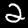
Digit: 2